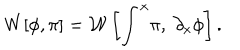
W [ \phi , \pi ] = \mathcal { W } \left[ \int ^ { x } \! \pi , ~ \partial _ { x } \phi \right] .